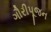
ગૌરીપૂજન